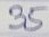
35